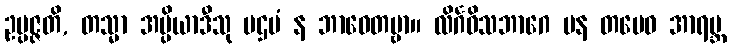
ဥပ္ပဇ္ဇတိ, တသ္မာ အပ္ပိယာဒီသု ပဌမံ န ဘာဝေတဗ္ဗာ။ လိင်္ဂဝိသဘာဂေ ပန တမေဝ အာရဗ္ဘ